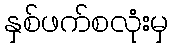
နှစ်ဖက်စလုံးမှ